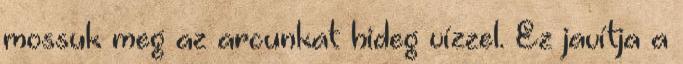
mossuk meg az arcunkat hideg vízzel. Ez javítja a